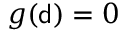
g ( { \mathsf { d } } ) = 0